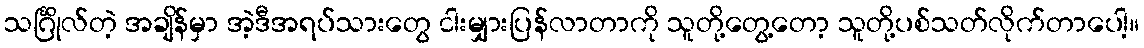
သင်္ဂြိုလ်တဲ့ အချိန်မှာ အဲ့ဒီအရပ်သားတွေ ငါးမျှားပြန်လာတာကို သူတို့တွေ့တော့ သူတို့ပစ်သတ်လိုက်တာပေါ့။